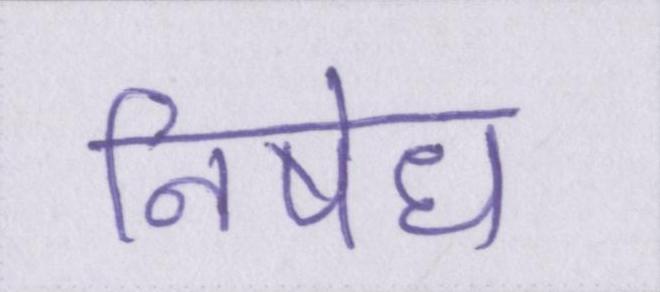
निषेध